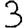
Digit: 3